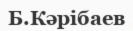
Б.Кәрібаев